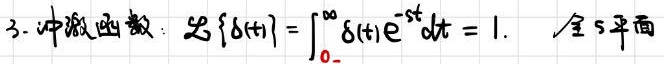
3. 冲激函数：$\mathcal{L}\{\delta(t)\}=\int_{0_-}^{\infty}\delta(t)e^{-st}dt = 1.$  全 $s$ 平面